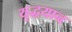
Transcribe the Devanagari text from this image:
युद्धयान